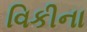
વિકીના